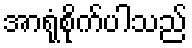
အာရုံစိုက်ပါသည်